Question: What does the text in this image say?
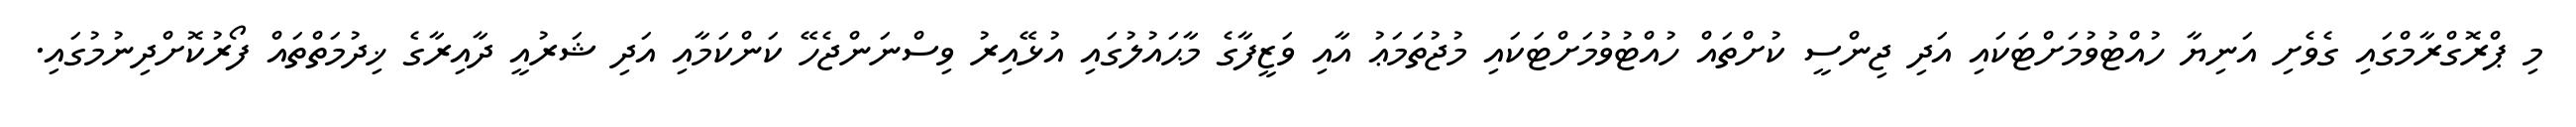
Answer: މި ޕްރޮގްރާމްގައި ގެވެށި އަނިޔާ ހުއްޓުވުމަށްޓަކައި އަދި ޖިންސީ ކުށްތައް ހުއްޓުވުމަށްޓަކައި މުޖުތަމަޢު އާއި ވަޒީފާގެ މާޙައުލުގައި އުޅޭއިރު ވިސްނަންޖެހޭ ކަންކަމާއި އަދި ޝަރުއީ ދާއިރާގެ ޚިދުމަތްތައް ފޯރުކޮށްދިނުމުގައި.